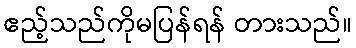
ဧည့်သည်ကိုမပြန်ရန် တားသည်။